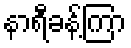
နာရီခန့်ကြာ